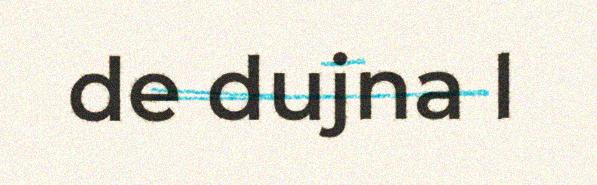
de dujna l